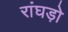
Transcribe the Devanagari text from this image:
रांघड़ो